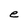
Character: e